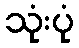
သုံးပုံ